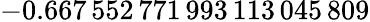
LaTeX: -0.667\, 552\, 771\, 993\, 113\, 045\, 809